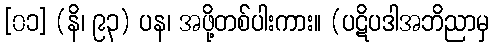
[၀၁] (နိ၊ ၉၃) ပန၊ အဖို့တစ်ပါးကား။ (ပဋိပဒါအဘိညာမှ